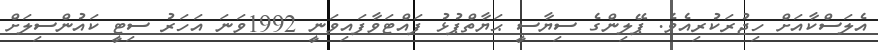
އެލަސްކާއަށް ހިޖުރަކުރިއެވެ. ޕޭލިންގެ ސިޔާސީ ޙަޔާތްޕުޅު ފައްޓަވާފައިވަނީ 1992ވަނަ އަހަރު ސިޓީ ކައުންސިލަށް